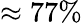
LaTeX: \approx 77\%